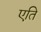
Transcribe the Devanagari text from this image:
एति